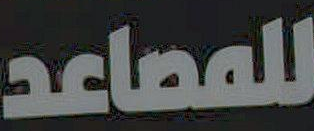
للمصاعد